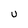
Character: u